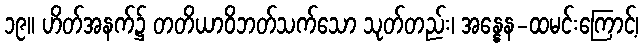
၁၉။ ဟိတ်အနက်၌ တတိယာဝိဘတ်သက်သော သုတ်တည်း၊ အန္နေန-ထမင်းကြောင့်၊